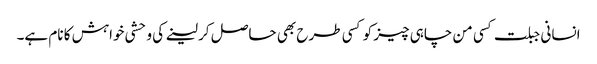
انسانی جبلت کسی من چاہی چیز کو کسی طرح بھی حاصل کر لینے کی وحشی خواہش کا نام ہے۔